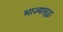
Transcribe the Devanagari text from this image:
भाज्यासुद्धा